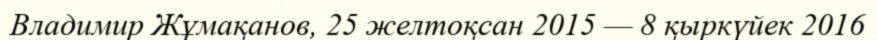
Владимир Жұмақанов, 25 желтоқсан 2015 — 8 қыркүйек 2016